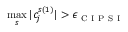
\displaystyle \operatorname* { m a x } _ { s } | c _ { j } ^ { s ( 1 ) } | > \epsilon _ { \mathrm { ~ C ~ I ~ P ~ S ~ I ~ } }